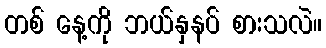
တစ် နေ့ကို ဘယ်နှနပ် စားသလဲ။